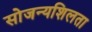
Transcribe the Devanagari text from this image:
सोजन्यशिलता